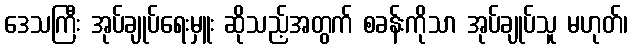
ဒေသကြီး အုပ်ချုပ်ရေးမှူး ဆိုသည့်အတွက် စခန်းကိုသာ အုပ်ချုပ်သူ မဟုတ်၊